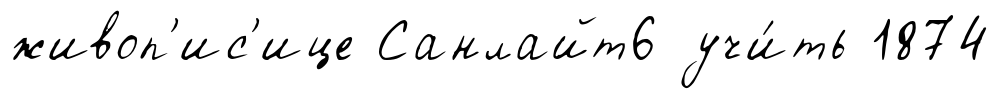
живоп'ис'ице Санлайт6 учи́ть 1874